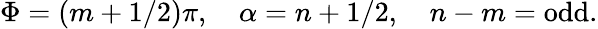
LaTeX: \Phi=(m+1/2)\pi,\, \, \, \, \, \, \alpha=n+1/2,\, \, \, \, \, \, n-m=\mathrm{odd}.